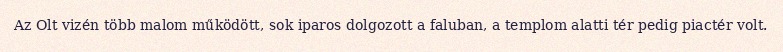
Az Olt vizén több malom működött, sok iparos dolgozott a faluban, a templom alatti tér pedig piactér volt.